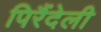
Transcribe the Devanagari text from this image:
पिरैंदेली